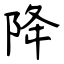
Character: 降